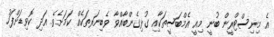
އެ މިނިސްޓްރީން ބުނީ މިއީ އެމްބަސީތަކާއި ގުޅިގެންބާއްވާ ވެބިނަރތަކެއް ކަމަށެވެ. އަދި ކޮވިޑަށްފަހު